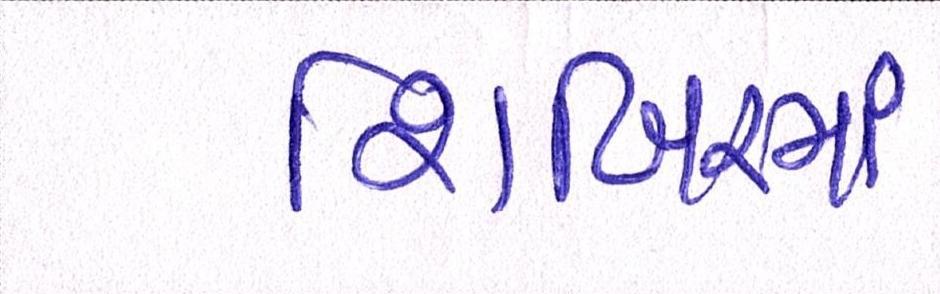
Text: શિબિરમાં